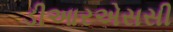
ડીઆરએસસી